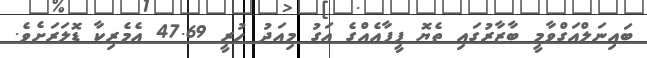
ބައިނަލްއަގްވާމީ ބާޒާރުގައި ތެޔޮ ފީފާއެއްގެ އަގު މިއަދު ހުރީ 47.69 އެމެރިކާ ޑޮލަރަށެވެ.